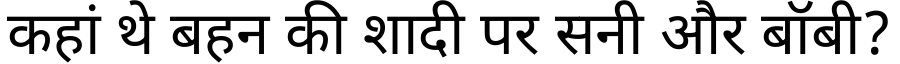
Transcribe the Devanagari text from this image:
कहां थे बहन की शादी पर सनी और बॉबी?